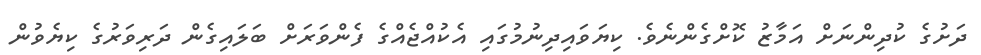
ދަށުގެ ކުދިންނަށް އަމާޒު ކޮށްގެންނެވެ. ކިޔަވައިދިނުމުގައި އެކުއްޖެއްގެ ފެންވަރަށް ބަލައިގެން ދަރިވަރުގެ ކިޔެވުން